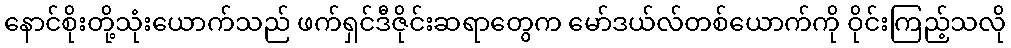
နောင်စိုးတို့သုံးယောက်သည် ဖက်ရှင်ဒီဇိုင်းဆရာတွေက မော်ဒယ်လ်တစ်ယောက်ကို ဝိုင်းကြည့်သလို